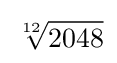
{\sqrt[{12}]{2048}}